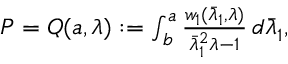
\begin{array} { r } { P = Q ( { a } , \lambda ) : = \int _ { { b } } ^ { { a } } \frac { w _ { 1 } ( \bar { \lambda } _ { 1 } , \lambda ) } { \bar { \lambda } _ { 1 } ^ { 2 } \lambda - 1 } \, d \bar { \lambda } _ { 1 } , } \end{array}